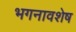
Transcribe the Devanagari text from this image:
भगनावशेष